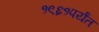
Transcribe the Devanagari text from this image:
१९६१पर्यंत